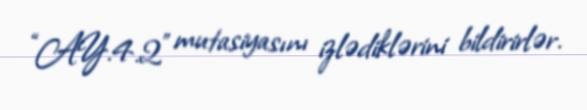
“AY.4.2” mutasiyasını izlədiklərini bildirirlər.